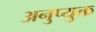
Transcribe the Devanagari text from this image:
अनुप्युक्त